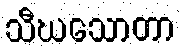
သီဃသောတာ